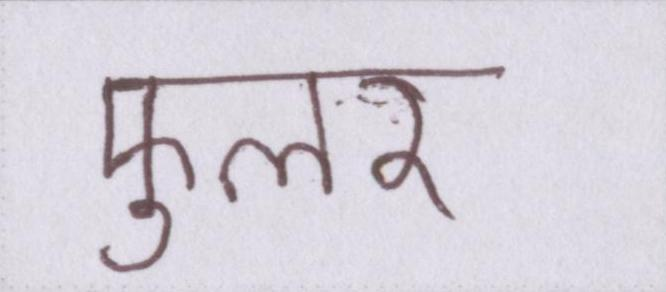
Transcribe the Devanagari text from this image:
फुलर